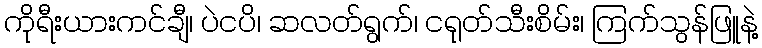
ကိုရီးယားကင်ချီ၊ ပဲငပိ၊ ဆလတ်ရွက်၊ ငရုတ်သီးစိမ်း၊ ကြက်သွန်ဖြူနဲ့